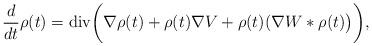
LaTeX: \begin{align*}\frac{d}{dt}\rho(t)={\rm{div}}\bigg(\nabla\rho(t)+\rho(t)\nabla V+\rho(t)(\nabla W\ast\rho(t)\big)\bigg),\end{align*}